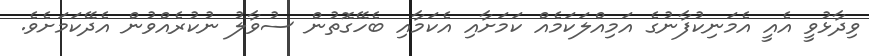
ވިދާޅުވީ އެއީ އެމަނިކުފާނުގެ އަމިއްލަކަމެއް ކަމަށާއި އެކަމާއި ބެހޭގޮތުން ސުވާލު ނުކުރެއްވުން އެދޭކަމަށެވެ.